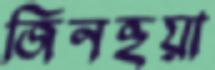
জিনহুয়া